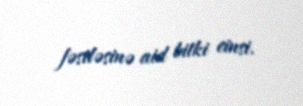
fəsiləsinə aid bitki cinsi.